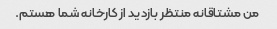
من مشتاقانه منتظر بازدید از کارخانه شما هستم.